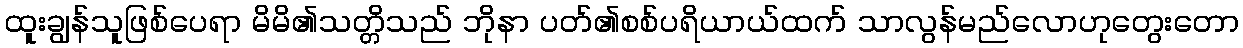
ထူးချွန်သူဖြစ်ပေရာ မိမိ၏သတ္တိသည် ဘိုနာ ပတ်၏စစ်ပရိယာယ်ထက် သာလွန်မည်လောဟုတွေးတော